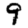
Digit: 9